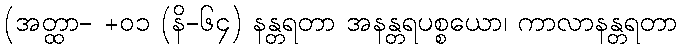
(အတ္ထာ- +၀၁ (နိ-၆၄) နန္တရတာ အနန္တရပစ္စယော၊ ကာလာနန္တရတာ